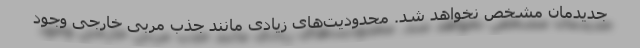
جدیدمان مشخص نخواهد شد. محدودیت‌های زیادی مانند جذب مربی خارجی وجود